Jaan_Tonisson_(Lasteleht), lk 530
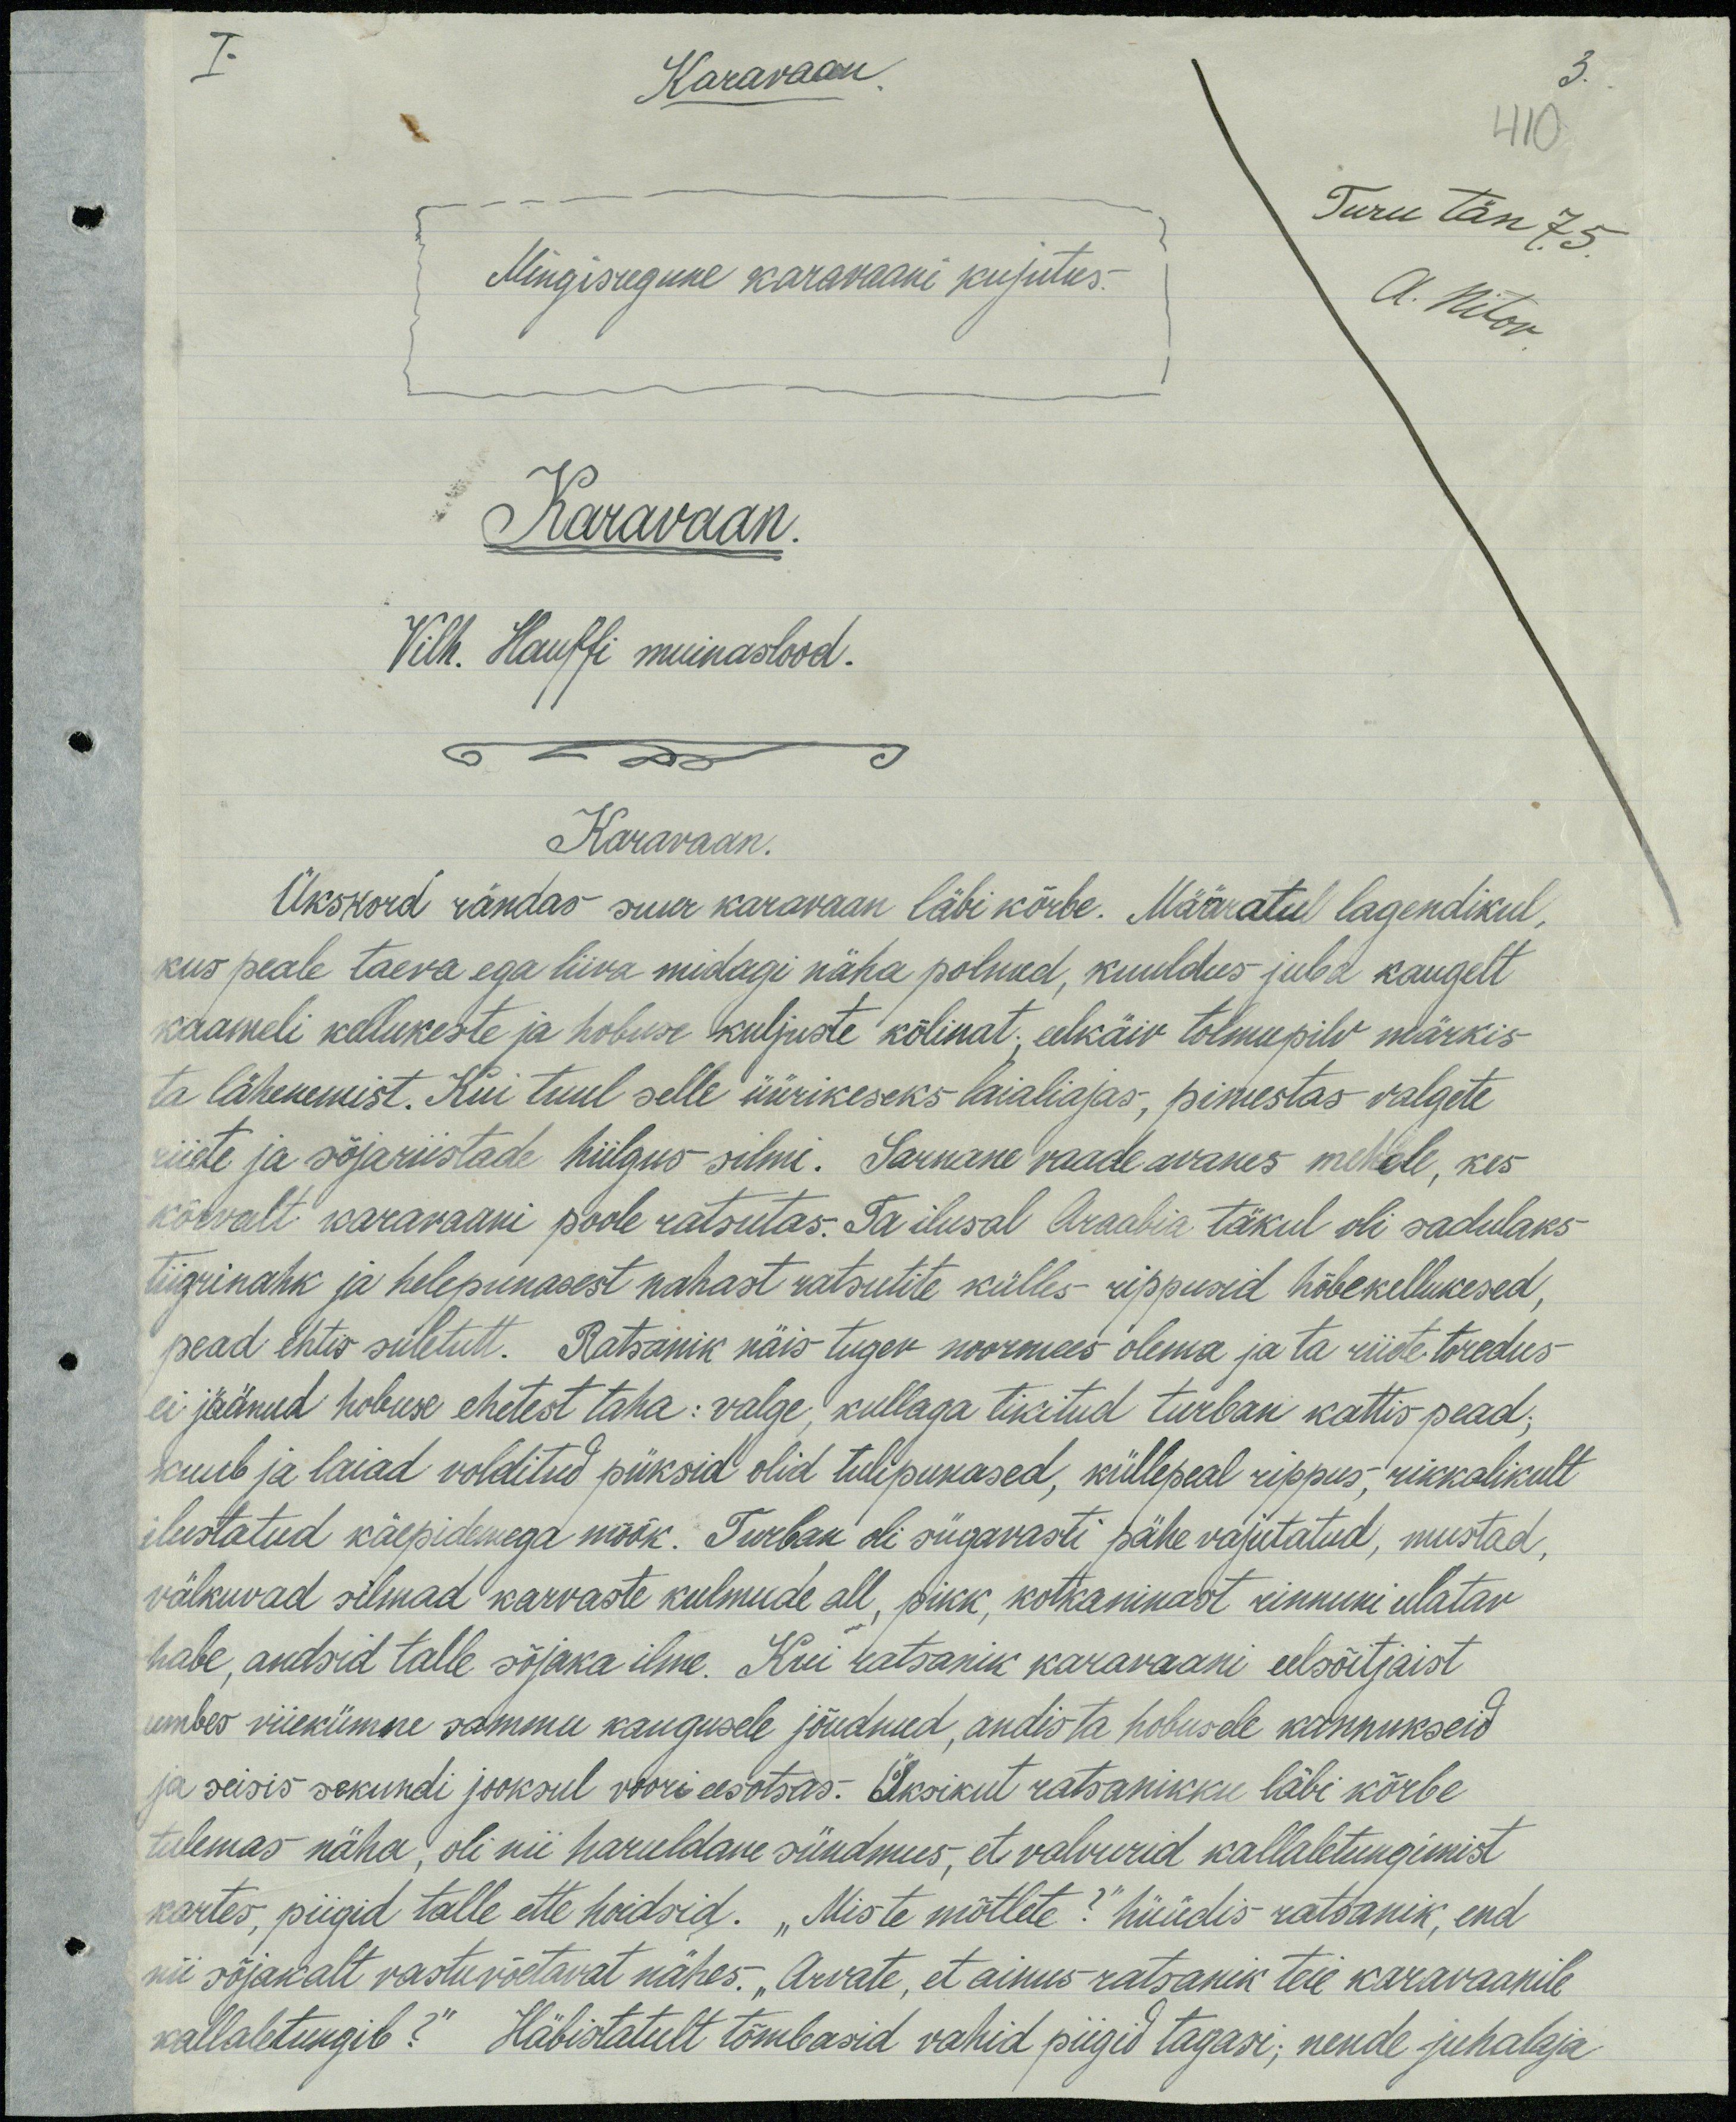
I.
Karavaan
3.
410
Turu tän 75
Mingisugune karavaani kujutus.
A. Nitov
Karavaan.
Vilh. Hauffi muinaslood.
Karavaan.
Ükskord rändas suur karavaan läbi kõrbe. Määratud lagendikul,
kus peale taeva ega liiva midagi näha polnud, kuuldus juba kaugelt
kaameli kellukeste ja hobuse kuljuste kõlinat; eelkäiv tolmupilv märkis-
ta lähenemist. Kui tuul selle üürikeseks laialiajas, pimestas valgete
riiete ja sõjariistade hiilgus silmi. Sarnane vaade avanes mehele, kes
kõrvalt karavaani poole ratsutas. Ta ilusal Araabia täkul oli sadulaks
Tiigrinahk ja helepunasest nahast ratsutite külles- rippusid hõbekellukesed.
pead ehtis suletutt. Ratsanik näis tugev noormees olema ja ta riiete toredus
ei jäänud hobuse ehetest taha: valge, kullaga tikitud turban kattis pead;
kuub ja laiad volditud püksid olid tulipunased, küllepeal rippus, rikkalikult
ilustatud käepidemega mõõk. Turban oli sügavasti pähe vajutatud, mustad,
välkuvad silmad karvaste kulmude all, pikk, kotkaninast rinnuni ulatav
habe, andsid talle sõjaka ilme. Kui ratsanik karavaani eelsõitjaist
umbes viiekümne sammu kaugusele jõudnud, andis ta hobusele kannukseid
ja seisis sekundi jooksul voori eesotsas. Üksikut ratsanikku läbi kõrbe
tulemas näha, oli nii haruldane sündmus, et valvurid kallaletungimist
kartes, piigid talle ette hoidsid. "Mis te mõtlete?“ hüüdis ratsanik, end
nii sõjakalt vastuvõetavat nähes. „Arvate, et ainus ratsanik teie karavaanile
kallaletungib?" Häbistatult tõmbasid vahid piigid tagasi, nende juhataja